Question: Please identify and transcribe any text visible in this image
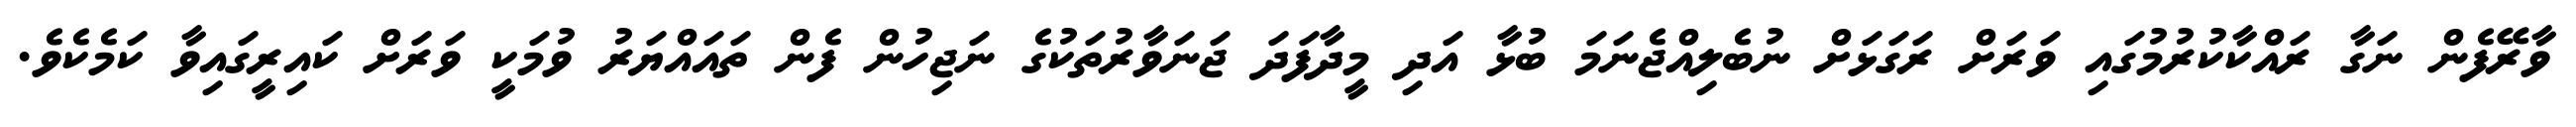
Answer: ވާރޭފެން ނަގާ ރައްކާކުރުމުގައި ވަރަށް ރަގަޅަށް ނުބެލިއްޖެނަމަ ބުޅާ އަދި މީދާފަދަ ޖަނަވާރުތަކުގެ ނަޖިހުން ފެން ތައައްޔަރު ވުމަކީ ވަރަށް ކައިރީގައިވާ ކަމެކެވެ.